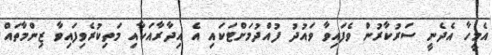
އެމީހާ އެދެނީ ސަރުކާރުން ވެފައިވާ ވައުދު ފުއްދުމަށްޓަކައި އެ އިދާރާއަކާއި މަތިކުރެވިފައިވާ ޒިންމާތައް